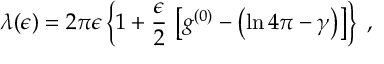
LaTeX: \lambda ( \epsilon ) = 2 \pi \epsilon \left\{ 1 + \frac { \epsilon } { 2 } \, \left[ g ^ { ( 0 ) } - \left( \ln 4 \pi - \gamma \right) \right] \right\} \; ,